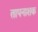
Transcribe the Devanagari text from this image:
तापनाशक